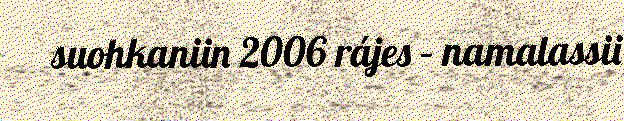
suohkaniin 2006 rájes – namalassii